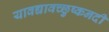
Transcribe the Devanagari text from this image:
यावद्यावच्छुष्कनदी